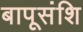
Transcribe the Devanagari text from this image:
बापूसंशि